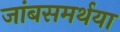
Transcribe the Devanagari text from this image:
जांबसमर्थया